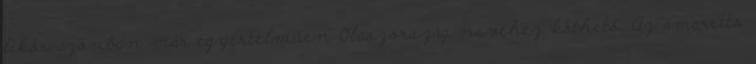
likőr azonban már egyértelműen Olaszország nevéhez köthető. Az amaretto